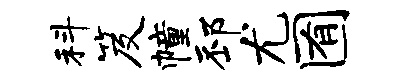
科笈幢邳尤囿